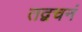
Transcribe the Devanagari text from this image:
तद्वचनं